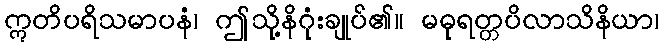
ဣတိပရိသမာပနံ၊ ဤသို့နိဂုံးချုပ်၏။ မဓုရတ္တပိလာသိနိယာ၊